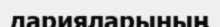
дарияларының